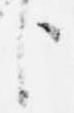
臣